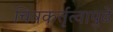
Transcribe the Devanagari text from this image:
चित्रकर्तृत्वापुढे